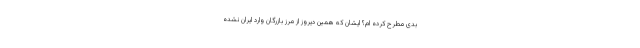
بدی مطرح کرده ام؟ ایشان که همین دیروز از مرز بازرگان وارد ایران نشده